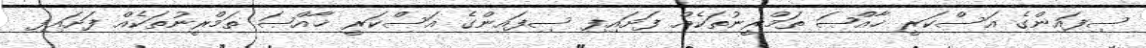
ސިފައިންގެ އަސްކަރީ ޚާއްޞަ ތަމްރީނުތަކެއް ފަށައިފި ސިފައިންގެ އަސްކަރީ ޚާއްޞަ ތަމްރީނުތަކެއް ފަށައިފި